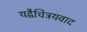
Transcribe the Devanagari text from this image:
यद्वैचित्रयवाद